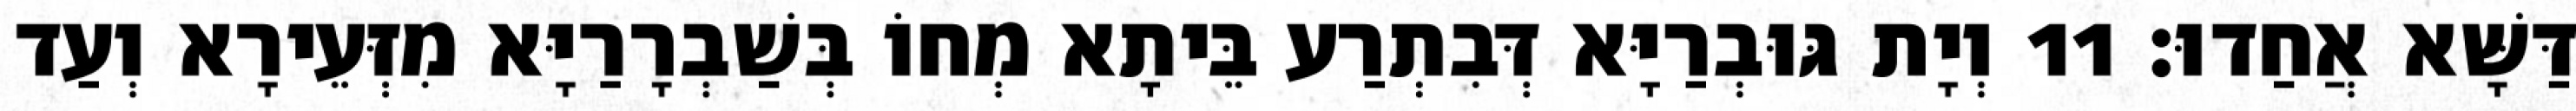
דַּשָּׁא אֲחַדוּ׃ 11 וְיָת גּוּבְרַיָּא דְּבִתְרַע בֵּיתָא מְחוֹ בְּשַׁבְרָרַיָּא מִזְּעֵירָא וְעַד